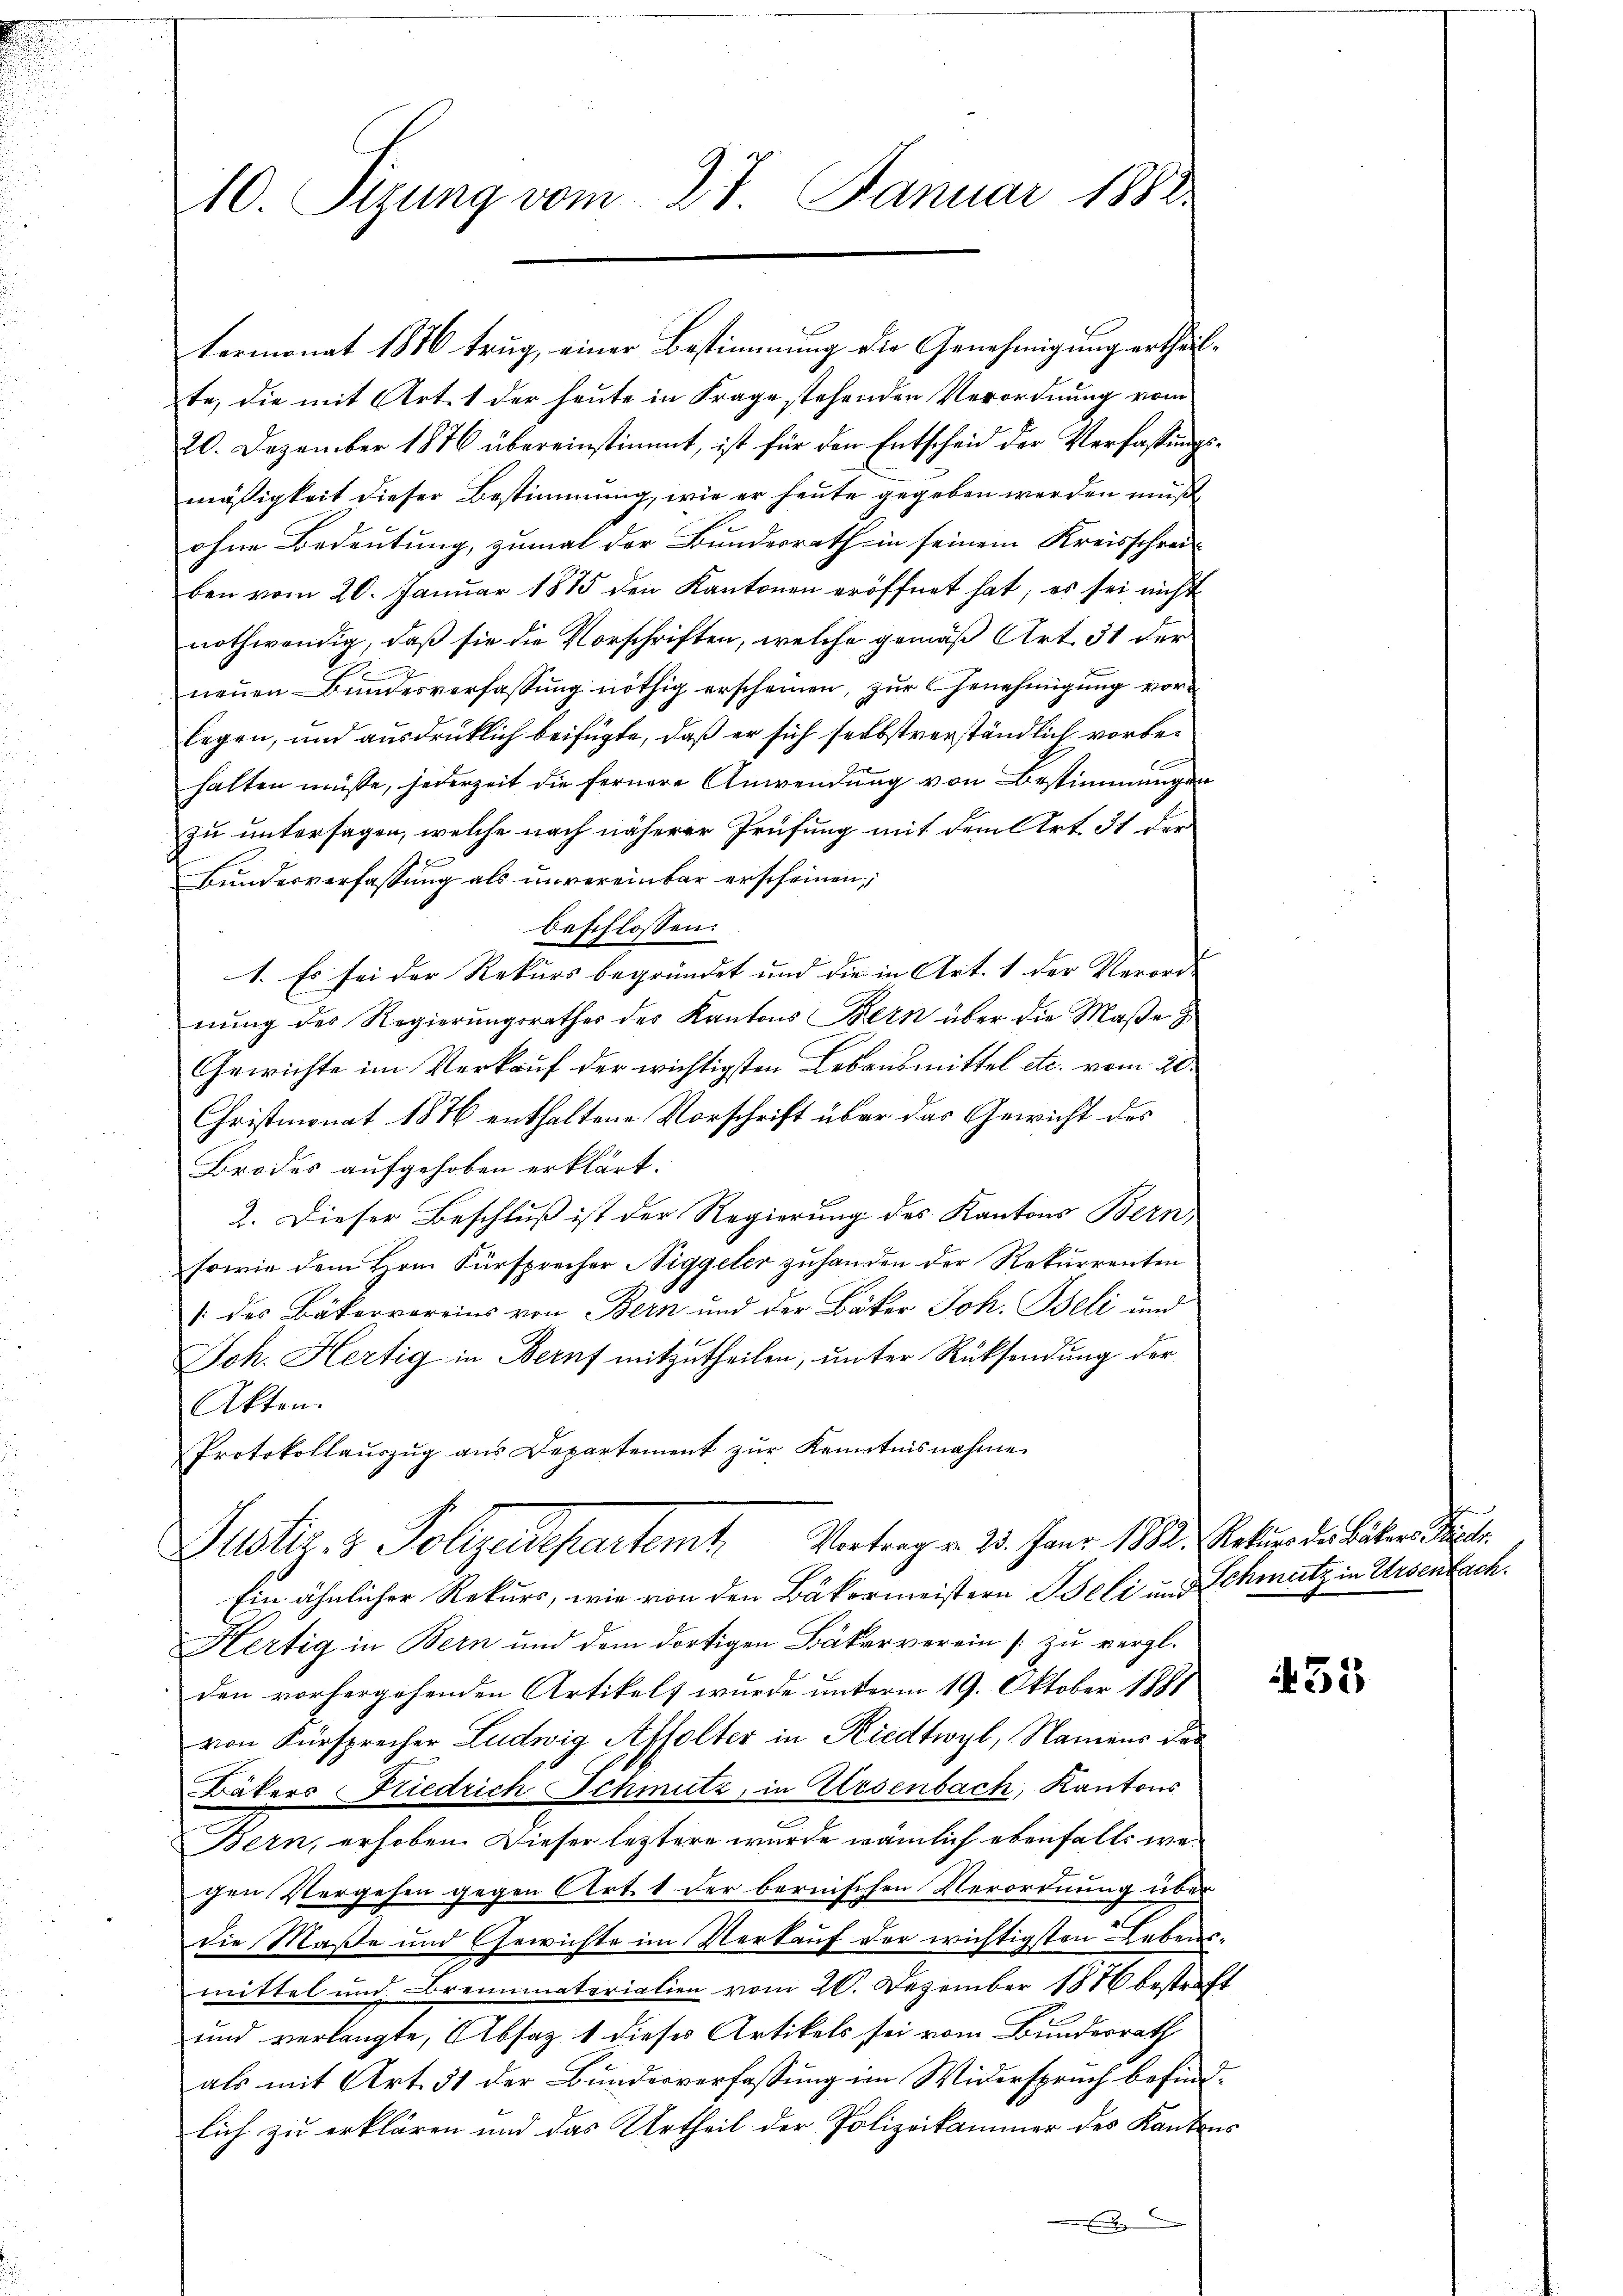
te, die mit Art. 1 der heute in Frage stehenden Verordnung vom
20. Dezember 1876 übereinstimmt, ist für den Entscheid der Verfassungs
mäßigkeit dieser Bestimmung, wie er heute gegeben werden muß
ohne Bedeutung, zumal der Bundesrath in seinem Kreisschrei-
ben vom 20. Januar 1875 den Kantonen eröffnet hat, es sei nicht
nothwendig, daß sie die Vorschriften, welche gemäß Art. 51 der
1
neŭen Bŭndesverfassŭng nöthig erscheinen, zŭr Genehmigŭng vor-
legen, und ausdrücklich beifügte, daß er sich selbstverständlich vorbehalten müsse, jederzeit die fernere Anwendung von Bestimmungen
zu untersagen, welche nach näherer Prüfung mit dem Art. 31 der
Bundesverfassung als unvereinbar erscheinen,
beschlossen:
1. Es sei der Rekurs begründet und die in Art. 1 der Verorde
nŭng des Regierŭngsrathes des Kantons Bern über die Maβe
Gewichte im Verkauf der wichtigsten Lebensmittel etc. vom 20.
Christmonat 1876 enthaltene Vorschrift über das Gewicht des
Brodes aufgehoben erklärt.
2. Dieser Beschluß ist der Regierung des Kantons Bern,
sowie dem Hrn. Fürsprecher Siggeler zuhanden der Rekurrenten
 des Bäkervereins von Bern und der Bäker Joh. Beli und
Joh. Hertig in Beruf mitzutheilen, unter Rücksendung der
Akten.
Protokollaŭszŭg ans Departement zŭr Kenntnisnahme

10. Sizung vom 27. Januar 1882.

termonat 1876 trug, einer Bestimmung die Genehmigung ertheil

Justiz- & Polizendepartemt. Vertragen 25. Janr. 183.
Ein ähnlicher Rekurs, wie von den Bäkermeistern Beli und Schmutz in Ursenbach.

Hertig in Bern und dem dortigen Bäkerverein [zu vergl.
den vorhergehenden Artikels wurde unterm 19. Oktober 1881
von Fürsprecher Ludwig Affolter in Riedtwyl, Namens des
Bäkers Friedrich Schmutz, in Ursenbach, Kantons
Bern, erhoben. Dieser leztere wurde wämlich ebenfalls wegen Vergehen gegen Art. 1 der bernischen Verordnung über
die Maße und Gewichte im Verkauf der wichtigsten Lebensmittel und Brennmaterialien vom 20. Dezember 1876 bestraft
und verlangte, Absatz 1 dieses Artikels sei vom Bundesrath
als mit Art. 51 der Bundesverfassung im Widerspruch befindlich zu erklären und das Urtheil der Polizeikammer des Kantons
m

.
6

2 Rekurs des Bäkers Piper.

455